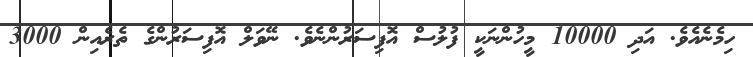
ހިމެނެއެވެ. އަދި 10000 މީހުންނަކީ ފުލުސް އޮފިސަރުންނެވެ. ނޭވަލް އޮފިސަރުންގެ ތެރެއިން 3000